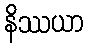
နိဿယာ